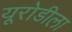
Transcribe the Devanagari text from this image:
यूरोडीला